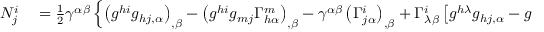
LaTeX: \begin{array} { r l } { N _ { j } ^ { i } } & { { } = { \frac { 1 } { 2 } } \gamma ^ { \alpha \beta } \left\{ \left( g ^ { h i } g _ { h j , \alpha } \right) _ { , \beta } - \left( g ^ { h i } g _ { m j } \Gamma _ { h \alpha } ^ { m } \right) _ { , \beta } - \gamma ^ { \alpha \beta } \left( \Gamma _ { j \alpha } ^ { i } \right) _ { , \beta } + \Gamma _ { \lambda \beta } ^ { i } \left[ g ^ { h \lambda } g _ { h j , \alpha } - g ^ { h \lambda } g _ { m j } \Gamma _ { h \alpha } ^ { m } - \Gamma _ { j \alpha } ^ { \lambda } \right] - \right. } \end{array}